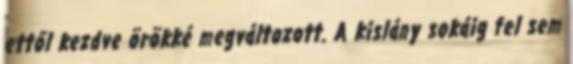
ettől kezdve örökké megváltozott. A kislány sokáig fel sem